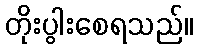
တိုးပွါးစေရသည်။